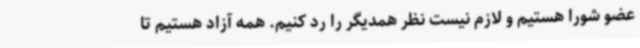
عضو شورا هستیم و لازم نیست نظر همدیگر را رد کنیم. همه آزاد هستیم تا